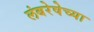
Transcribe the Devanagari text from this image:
लंबरेषेच्या